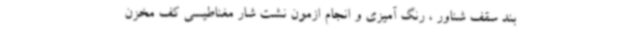
بند سقف شناور ، رنگ آمیزی و انجام ازمون نشت شار مغناطیسی کف مخزن